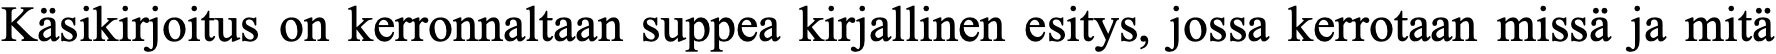
Käsikirjoitus on kerronnaltaan suppea kirjallinen esitys, jossa kerrotaan missä ja mitä